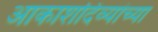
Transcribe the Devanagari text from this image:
आकाशदिव्यांच्या